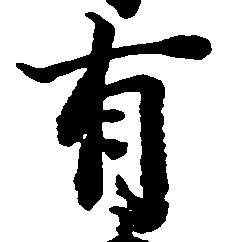
有